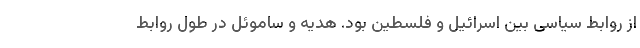
از روابط سیاسی بین اسرائیل و فلسطین بود. هدیه و ساموئل در طول روابط